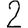
Digit: 2